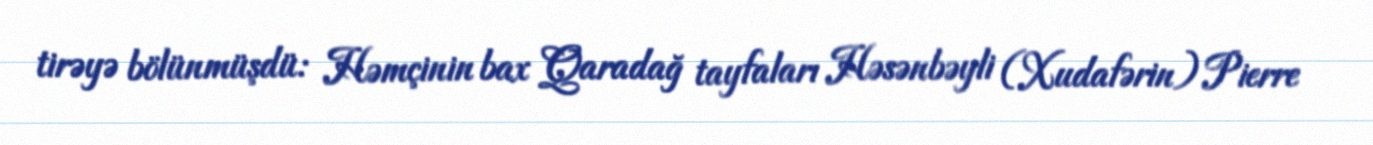
tirəyə bölünmüşdü: Həmçinin bax Qaradağ tayfaları Həsənbəyli (Xudafərin) Pierre